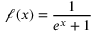
{ \mathcal { f } } ( x ) = { \frac { 1 } { e ^ { x } + 1 } }